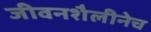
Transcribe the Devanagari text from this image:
जीवनशैलीनेच